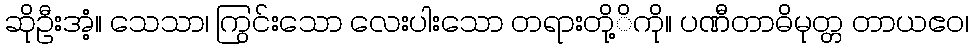
ဆိုဦးအံ့။ သေသာ၊ ကြွင်းသော လေးပါးသော တရားတို့ိကို။ ပဏီတာဓိမုတ္တ တာယဧဝ၊